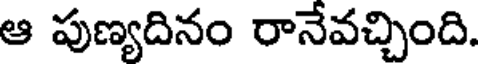
ఆ పుణ్యదినం రానేవచ్చింది.